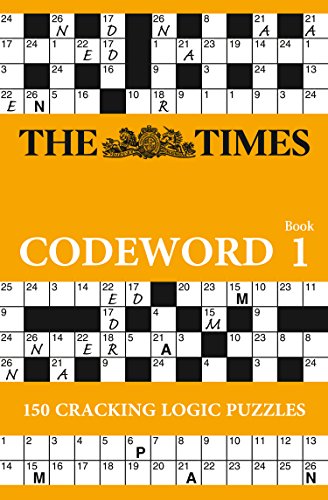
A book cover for The Times Codeword; The Times Mind Games; Humor & Entertainment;